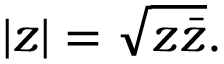
\left| z \right| = { \sqrt { z { \bar { z } } } } .